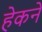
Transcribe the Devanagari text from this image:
हेकने